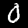
Digit: 0